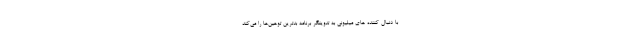
با دنبال کننده های میلیونی به تدوینگر برنامه بدترین توهین‌ها را می‌کند